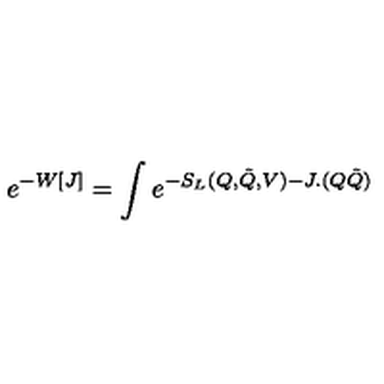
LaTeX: e ^ { - W [ J ] } = \int e ^ { - S _ { L } ( Q , \tilde { Q } , V ) - J . ( Q \tilde { Q } ) }